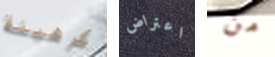
كرهينة اعتراض من